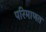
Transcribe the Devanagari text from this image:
परिमाणत